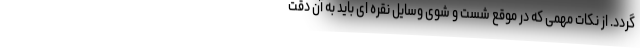
گردد. از نکات مهمی که در موقع شست و شوی وسایل نقره ای باید به آن دقت